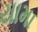
યામા